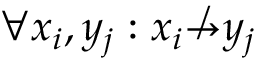
\forall x _ { i } , y _ { j } : x _ { i } \not \to y _ { j }